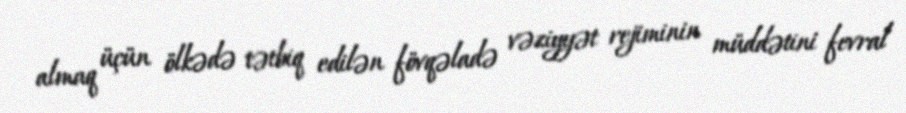
almaq üçün ölkədə tətbiq edilən fövqəladə vəziyyət rejiminin müddətini fevral